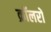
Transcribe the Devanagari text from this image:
क्रॉलरों